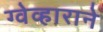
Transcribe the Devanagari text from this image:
ग्वेव्हाराने